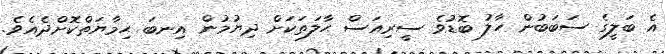
އެ ބަލީގެ ސަބަބުން ހާލު ބޮޑުވެ ސީރިއަސް ޙާލަތަކަށް ދިޔުމުން އިނބަ ޙިމާޔަތްކޮށްދެއެވެ.